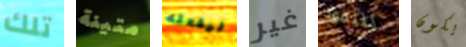
تلك متينة ليفعله غير للنقود يكون